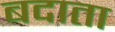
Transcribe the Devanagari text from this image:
बदाता